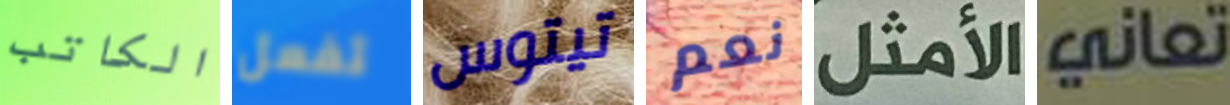
الكاتب تفعل تيتوس نعم الأمثل تعاني